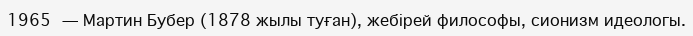
1965 — Мартин Бубер (1878 жылы туған), жебірей философы, сионизм идеологы.